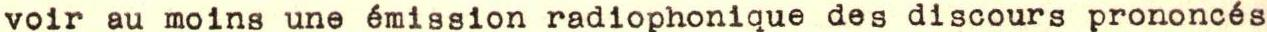
voir au moins une émission radiophonique des discours prononcés